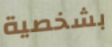
بشخصية